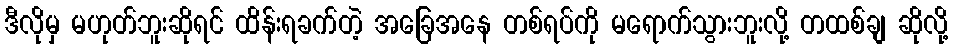
ဒီလိုမှ မဟုတ်ဘူးဆိုရင် ထိန်းရခက်တဲ့ အခြေအနေ တစ်ရပ်ကို မရောက်သွားဘူးလို့ တထစ်ချ ဆိုလို့